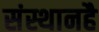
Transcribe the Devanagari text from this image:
संस्थानहै